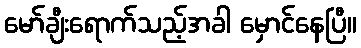
မော်ချီးရောက်သည့်အခါ မှောင်နေပြီ။